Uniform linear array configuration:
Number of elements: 4
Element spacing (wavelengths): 0.25
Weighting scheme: exponential
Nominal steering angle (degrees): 60
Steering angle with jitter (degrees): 60.168
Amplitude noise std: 0.05
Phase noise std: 0.05

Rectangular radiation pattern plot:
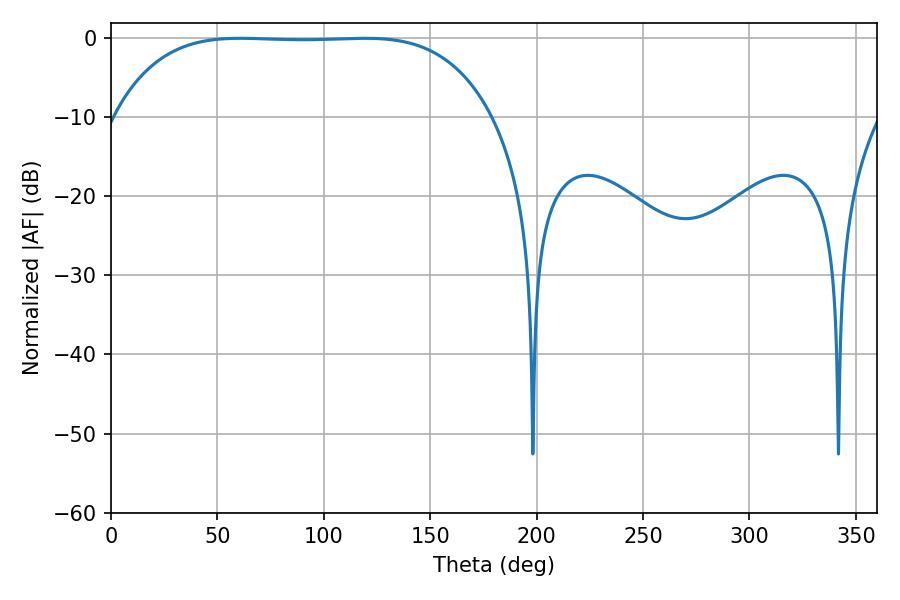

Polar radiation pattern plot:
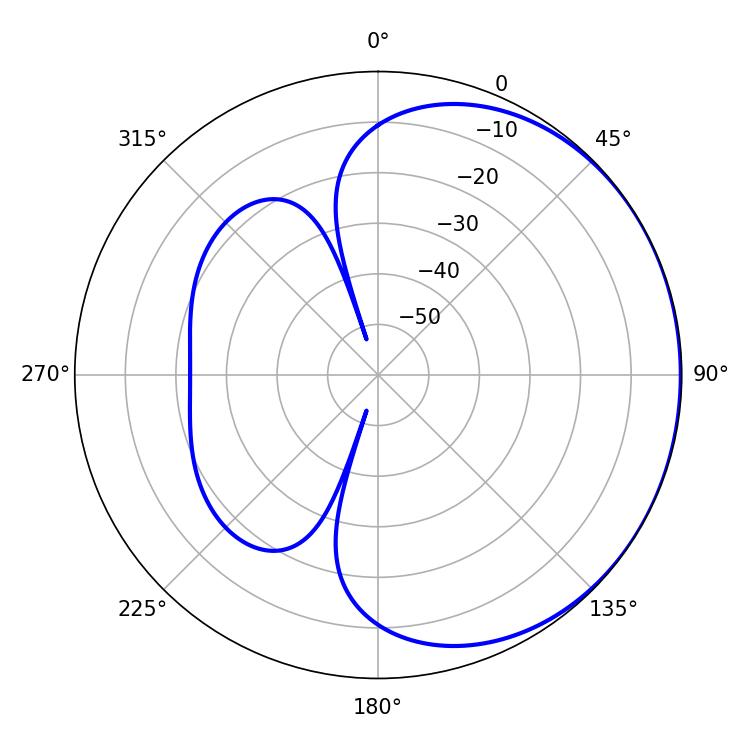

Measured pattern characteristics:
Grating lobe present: FALSE
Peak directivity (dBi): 0.5677
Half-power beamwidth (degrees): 137.16
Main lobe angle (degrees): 60.66